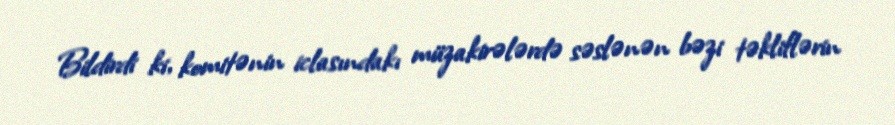
Bildirdi ki, komitənin iclasındakı müzakirələrdə səslənən bəzi təkliflərin